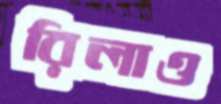
রিলাও